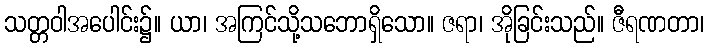
သတ္တဝါအပေါင်း၌။ ယာ၊ အကြင်သို့သဘောရှိသော။ ဇရာ၊ အိုခြင်းသည်။ ဇီရဏတာ၊